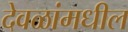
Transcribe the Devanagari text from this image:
देवळांमधील